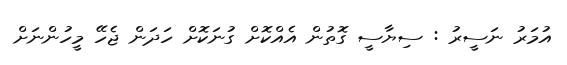
އުމަރު ނަސީރު : ސިޔާސީ ގޮތުން އެއްކޮށް ގުނަކޮށް ހަދަން ޖެހޭ މީހުންނަށް